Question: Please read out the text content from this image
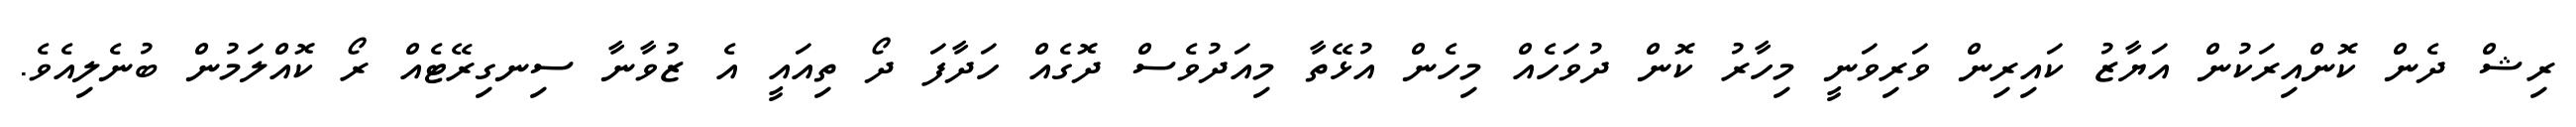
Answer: ރިޝް ދެން ކޮންއިރަކުން އަޔާޒު ކައިރިން ވަރިވަނީ މިހާރު ކޮން ދުވަހެއް މިހެން އުޅޭތާ މިއަދުވެސް ދޮގެއް ހަދާފަ ދޯ ތިއައީ އެ ޒުވާނާ ސިނގިރޭޓެއް ރޯ ކޮއްލަމުން ބުނެލިއެވެ.